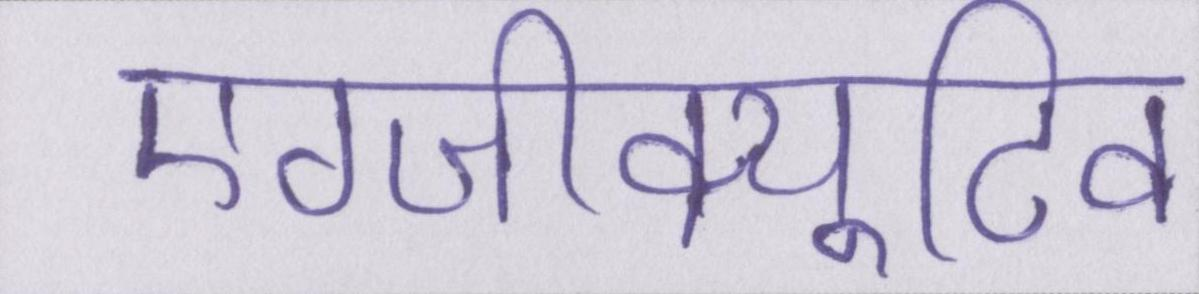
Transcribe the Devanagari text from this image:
एग्जीक्यूटिव